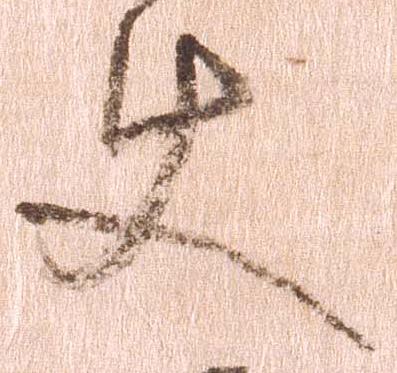
使